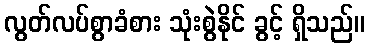
လွတ်လပ်စွာခံစား သုံးစွဲနိုင် ခွင့် ရှိသည်။